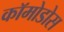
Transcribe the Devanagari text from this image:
कॉमोडोस